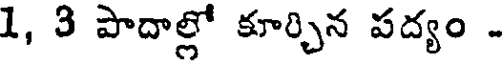
1, 3 పాదాల్లో కూర్చిన పద్యం -